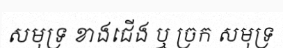
សមុទ្រ ខាងជើង ឬ ច្រក សមុទ្រ